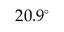
2 0 . 9 ^ { \circ }